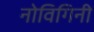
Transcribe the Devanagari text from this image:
नोविगिनी